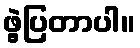
ဖွဲ့ပြတာပါ။